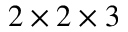
2 \times 2 \times 3